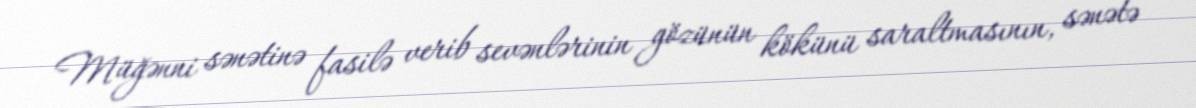
Müğənni sənətinə fasilə verib sevənlərinin gözünün kökünü saraltmasının, sənətə